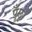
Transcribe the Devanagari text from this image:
पूँछु